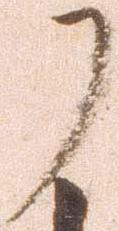
了